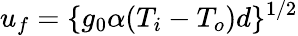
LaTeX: u_{f}=\{ g_{0}\alpha(T_{i}-T_{o})d\} ^{1/2}